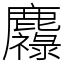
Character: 䴪